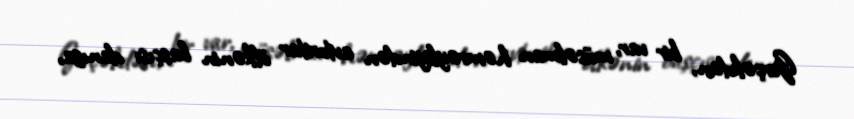
Gerçəkdən, bir var, müsəlman həmrəyliyindən avtoritar ölkənin başçısı danışa,